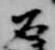
石